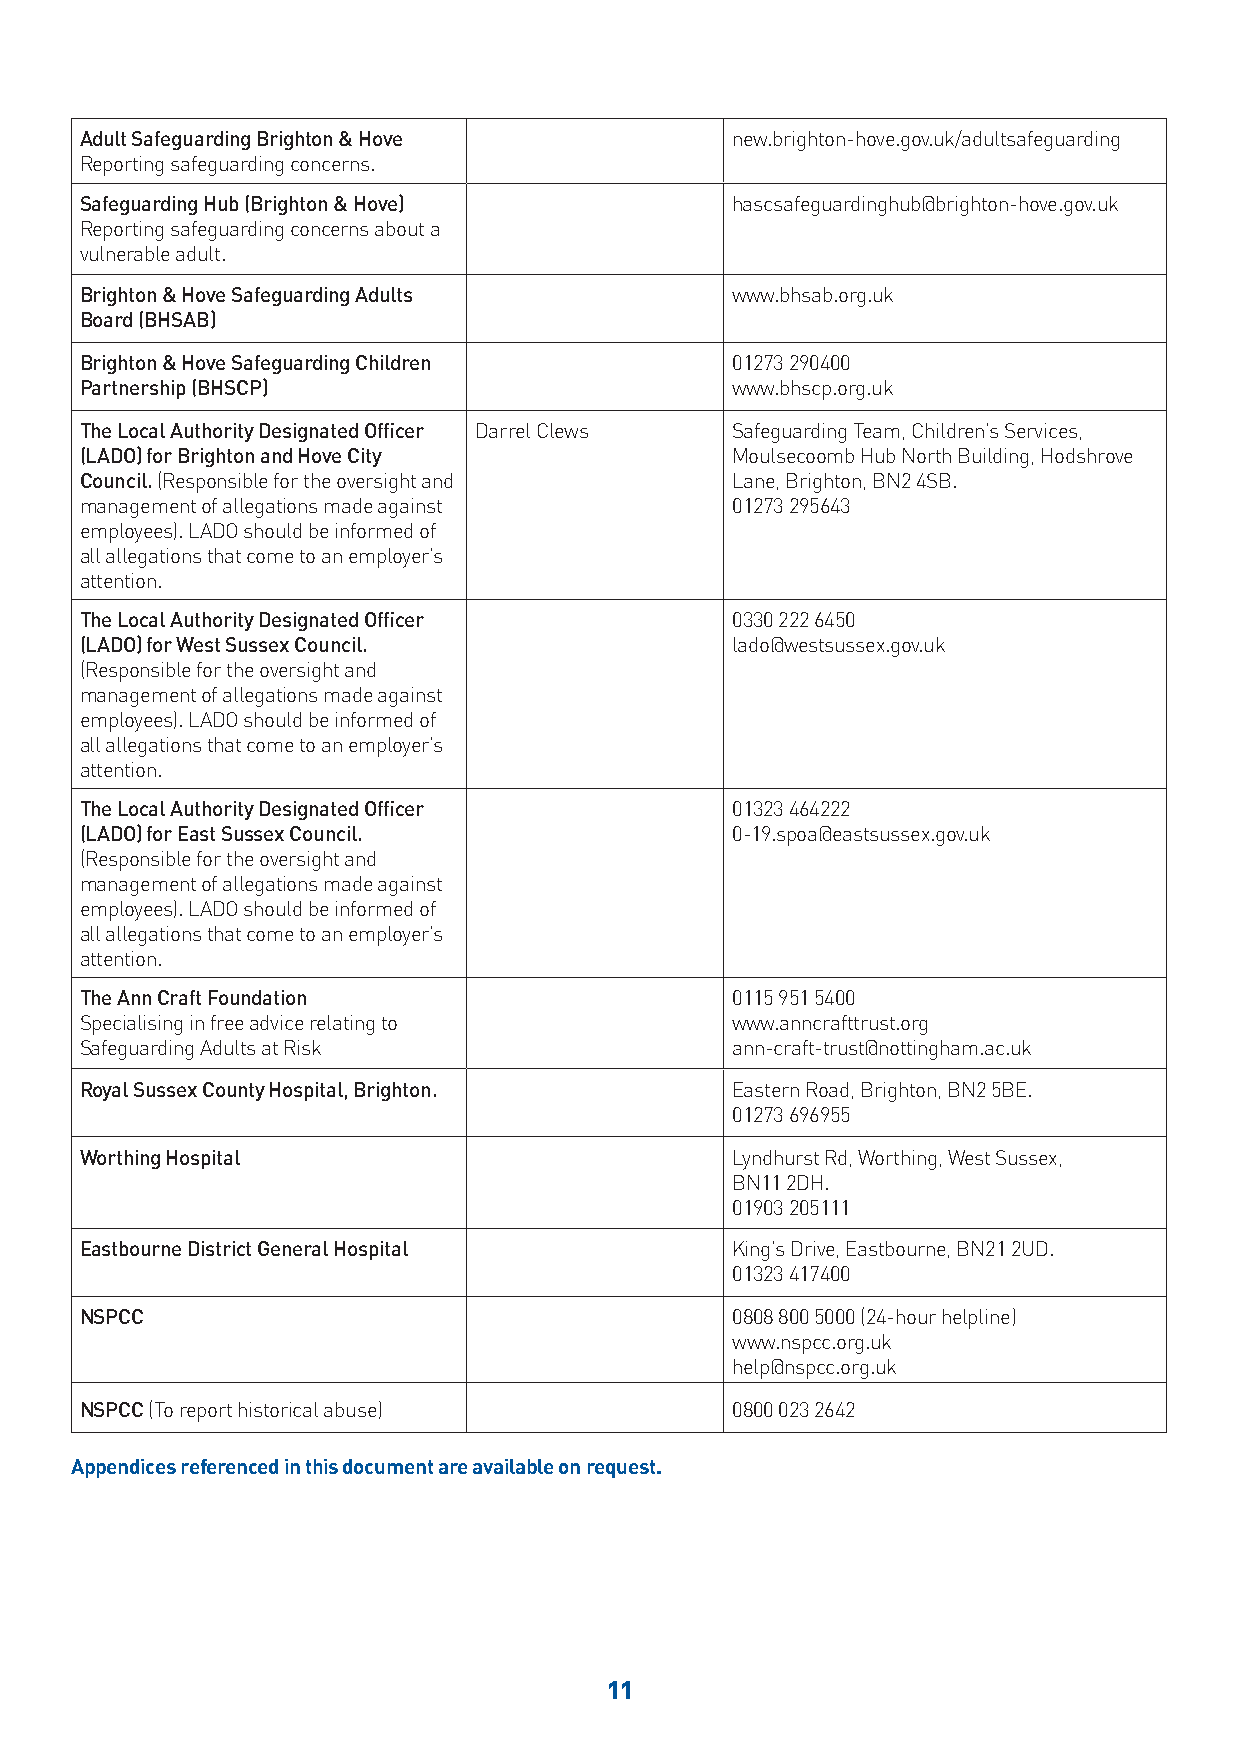
Adult Safeguarding Brighton & Hove         new.brighton-hove.gov.uk/adultsafeguarding
 Reporting safeguarding concerns.
 Safeguarding Hub (Brighton & Hove)         hascsafeguardinghub@brighton-hove.gov.uk
 Reporting safeguarding concerns about a
 vulnerable adult.
 Brighton & Hove Safeguarding Adults        www.bhsab.org.uk
 Board (BHSAB)
 Brighton & Hove Safeguarding Children      01273 290400
 Partnership (BHSCP)                        www.bhscp.org.uk
 The Local Authority Designated Officer Darrel Clews Safeguarding Team, Children’s Services,
 (LADO) for Brighton and Hove City          Moulsecoomb Hub North Building, Hodshrove
 Council. (Responsible for the oversight and Lane, Brighton, BN2 4SB.
 management of allegations made against     01273 295643
 employees). LADO should be informed of
 all allegations that come to an employer’s
 attention.
 The Local Authority Designated Officer     0330 222 6450
 (LADO) for West Sussex Council.            lado@westsussex.gov.uk
 (Responsible for the oversight and
 management of allegations made against
 employees). LADO should be informed of
 all allegations that come to an employer’s
 attention.
 The Local Authority Designated Officer     01323 464222
 (LADO) for East Sussex Council.            0-19.spoa@eastsussex.gov.uk
 (Responsible for the oversight and
 management of allegations made against
 employees). LADO should be informed of
 all allegations that come to an employer’s
 attention.
 The Ann Craft Foundation                   0115 951 5400
 Specialising in free advice relating to    www.anncrafttrust.org
 Safeguarding Adults at Risk                ann-craft-trust@nottingham.ac.uk
 Royal Sussex County Hospital, Brighton.    Eastern Road, Brighton, BN2 5BE.
 01273 696955
 Worthing Hospital                          Lyndhurst Rd, Worthing, West Sussex,
 BN11 2DH.
 01903 205111
 Eastbourne District General Hospital       King’s Drive, Eastbourne, BN21 2UD.
 01323 417400
 NSPCC                                      0808 800 5000 (24-hour helpline)
 www.nspcc.org.uk
 help@nspcc.org.uk
 NSPCC (To report historical abuse)         0800 023 2642
 Appendices referenced in this document are available on request.
 11